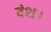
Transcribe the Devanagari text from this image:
दंश।